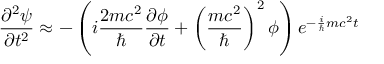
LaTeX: { \frac { \partial ^ { 2 } \psi } { \partial t ^ { 2 } } } \approx - \left( i { \frac { 2 m c ^ { 2 } } { \hbar } } { \frac { \partial \phi } { \partial t } } + \left( { \frac { m c ^ { 2 } } { \hbar } } \right) ^ { 2 } \phi \right) e ^ { - { \frac { i } { \hbar } } m c ^ { 2 } t }